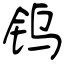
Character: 钨